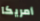
أمريكا